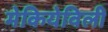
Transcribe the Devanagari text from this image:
मेकियेविली